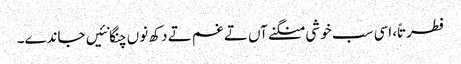
فطرتاً، اسی سب خوشی منگنے آں تے غم تے دکھ نوں چنگا نئیں جاندے۔